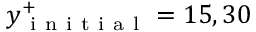
y _ { \mathrm { ~ i ~ n ~ i ~ t ~ i ~ a ~ l ~ } } ^ { + } = 1 5 , 3 0